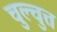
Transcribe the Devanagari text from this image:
चुल्चुत्त